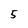
Character: 5